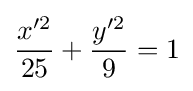
{\frac {x'^{2}}{25}}+{\frac {y'^{2}}{9}}=1